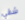
شقي